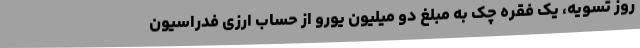
روز تسویه، یک فقره چک به مبلغ دو میلیون یورو از حساب ارزی فدراسیون